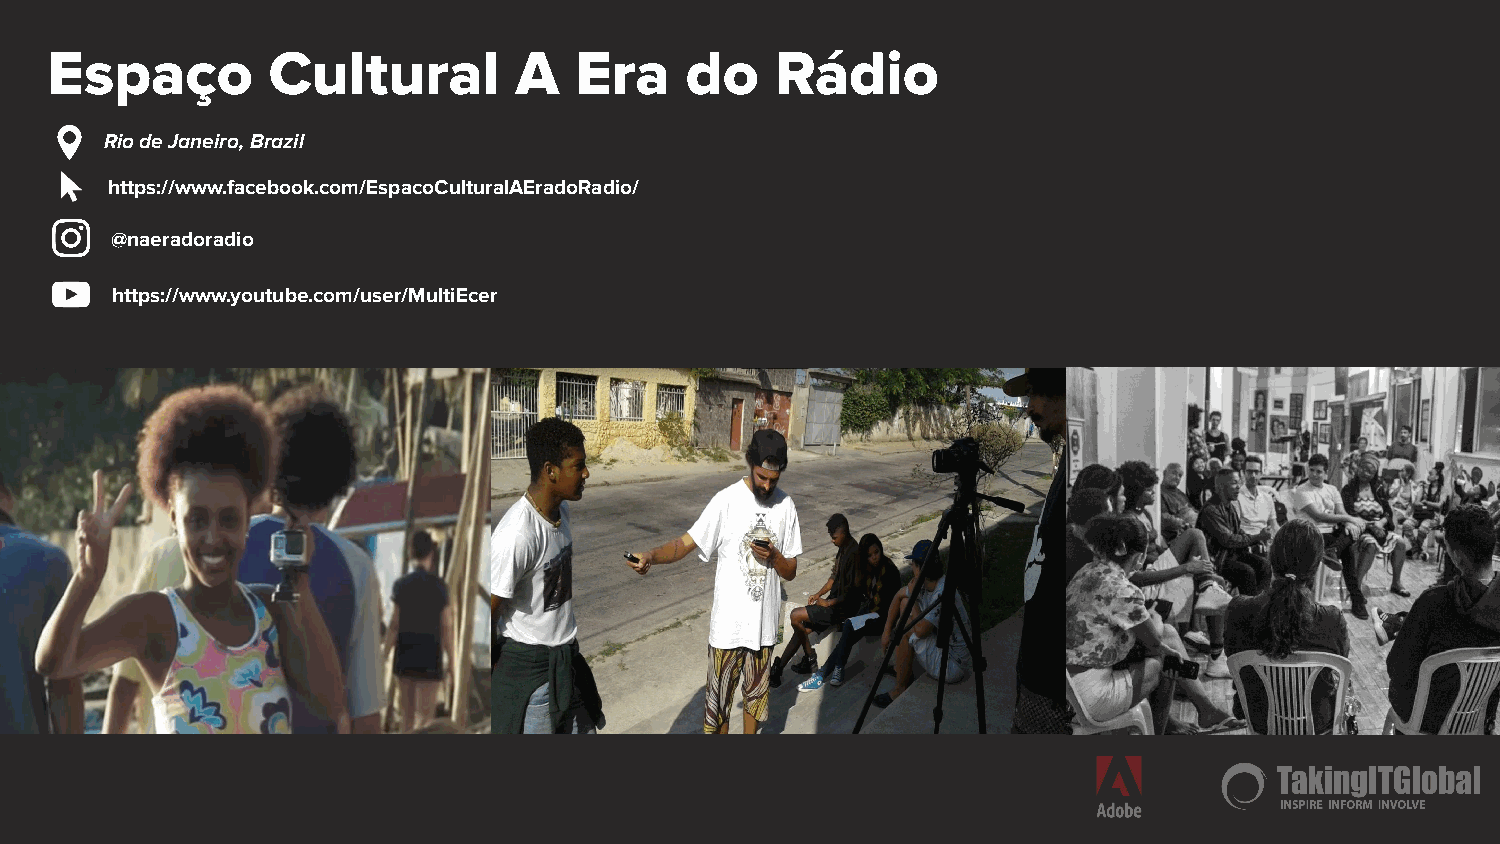
Espaço         Cultural        A   Era    do    Rádio
 Rio de Janeiro, Brazil
 https://www.facebook.com/EspacoCulturalAEradoRadio/
 @naeradoradio
 https://www.youtube.com/user/MultiEcer